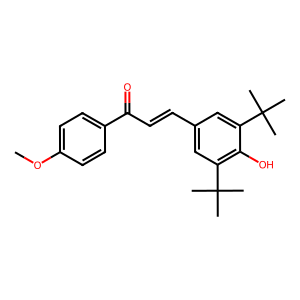
SMILES: COc1ccc(C(=O)C=Cc2cc(C(C)(C)C)c(O)c(C(C)(C)C)c2)cc1
Inhibits HIV replication: No